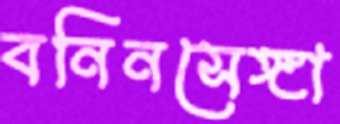
বনিনসেঙ্গা